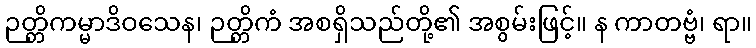
ဉတ္တိကမ္မာဒိဝသေန၊ ဉတ္တိကံ အစရှိသည်တို့၏ အစွမ်းဖြင့်။ န ကာတဗ္ဗံ၊ ရာ။